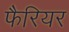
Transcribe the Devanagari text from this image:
फैरियर